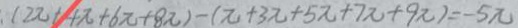
: ( 2 \pi + 4 \pi + 6 \pi + 8 \pi ) - ( \pi + 3 \pi + 5 \pi + 7 \pi + 9 \pi ) = - 5 \pi